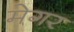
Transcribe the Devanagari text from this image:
मेगर